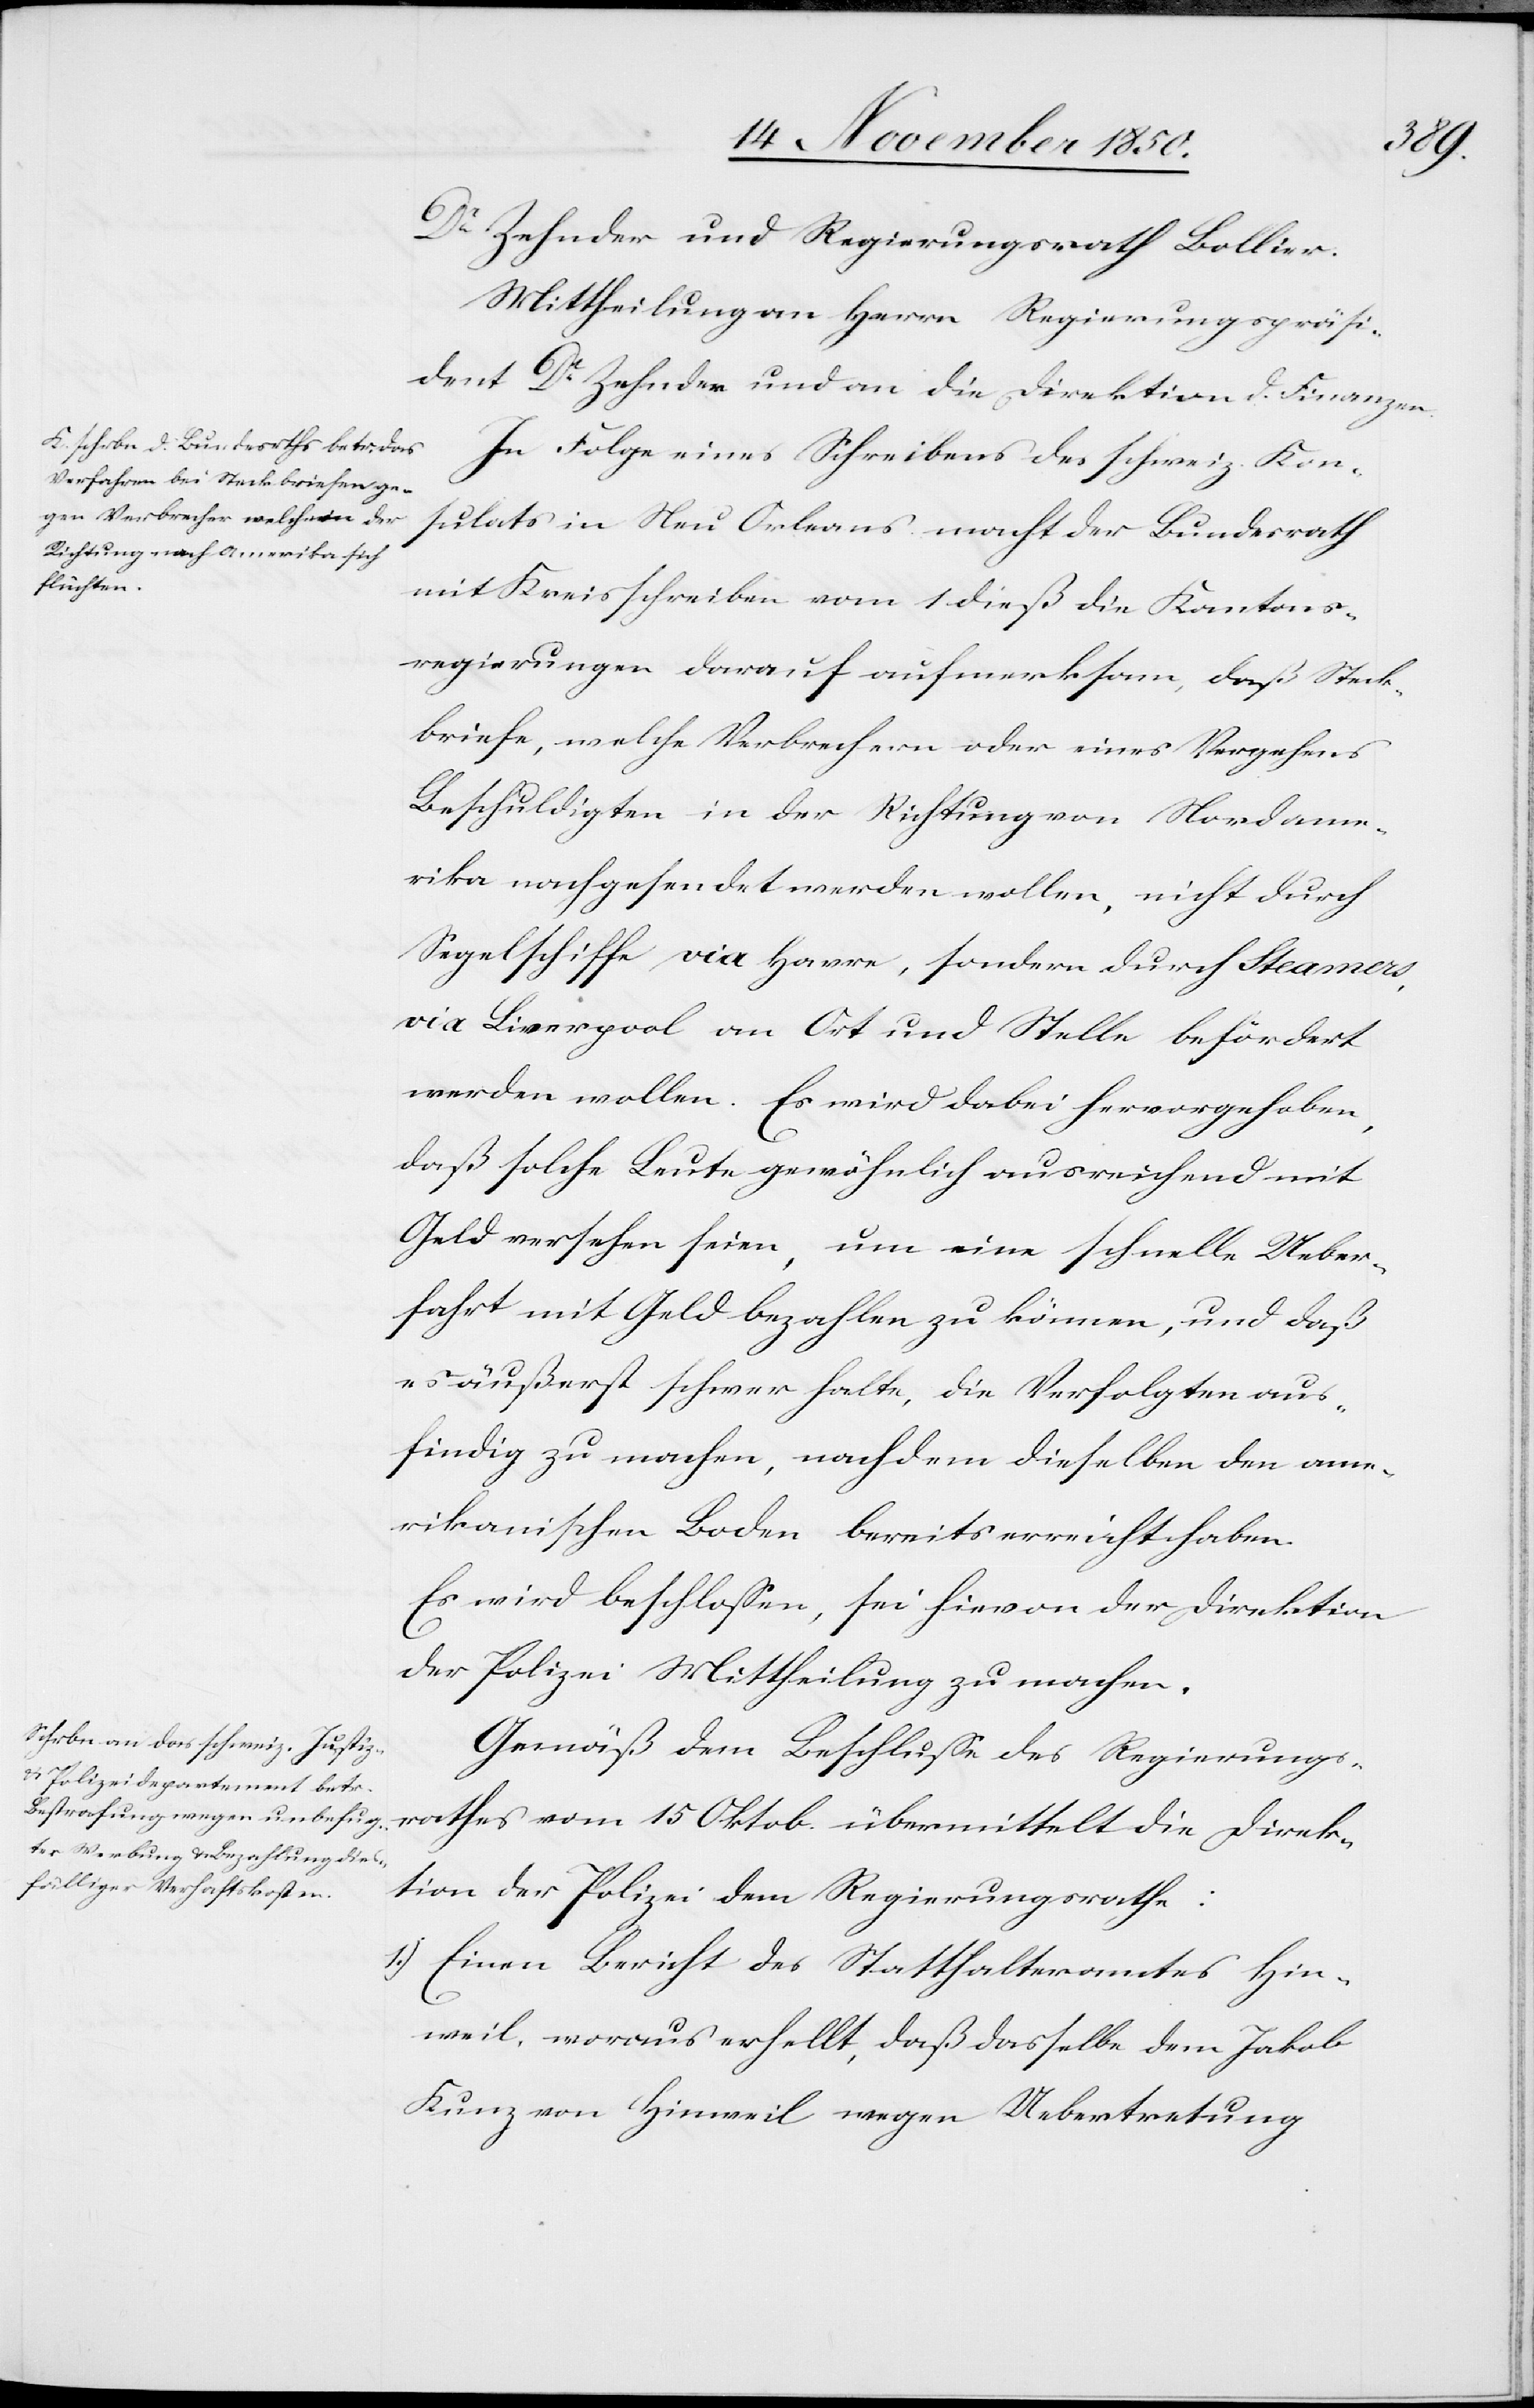
Dr Zehnder und Regierungsrath Bollier.
Mittheilung an Herrn Regierungspräsi¬
dent Dr Zehnder und an die Direktion d. Finanzen.
In Folge eines Schreibens des schweiz. Kon¬
sulats in Neu Orleans macht der Bundesrath
mit Kreisschreiben vom 1 dieß die Kantons¬
regierungen darauf aufmerksam, daß Steck¬
briefe, welche Verbrechern oder eines Vergehens
Beschuldigten in der Richtung von Nordame¬
rika nachgesendet werden wollen, nicht durch
Segelschiffe via Havre, sondern durch Steamers,
via Liverpool an Ort und Stelle befördert
werden wollen. Es wird dabei hervorgehoben,
daß solche Leute gewöhnlich ausreichend mit
Geld versehen seien, um eine schnelle Ueber¬
fahrt mit Geld bezahlen zu können, und daß
es äußerst schwer halte, die Verfolgten aus¬
findig zu machen, nachdem dieselben den ame¬
rikanischen Boden bereits erreicht haben.
Es wird beschlossen, sei hievon der Direktion
der Polizei Mittheilung zu machen.
Gemäß dem Beschlusse des Regierungs¬
rathes vom 15 Oktob. übermittelt die Direk¬
tion der Polizei dem Regierungsrathe:
1.) Einen Bericht des Statthalteramtes Hin¬
weil, woraus erhellt, daß dasselbe dem Jakob
Kunz von Hinweil wegen Uebertretung